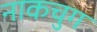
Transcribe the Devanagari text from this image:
नाकचुग